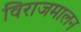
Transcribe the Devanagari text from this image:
विराजमालन